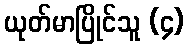
ယုတ်မာပြိုင်သူ (၄)